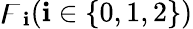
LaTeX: \digamma_{\mathbf{i}}(\mathbf{i}\in\{ 0,1,2\} )